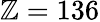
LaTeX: \mathbb{Z}=136